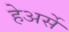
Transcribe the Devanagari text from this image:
हेअर्से